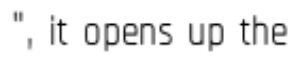
", it opens up the